Annual report of the Civil Veterinary Department, Bengal, and of the Bengal Veterinary College for the year 1904-1905 - 1904-1905
Year: 1904
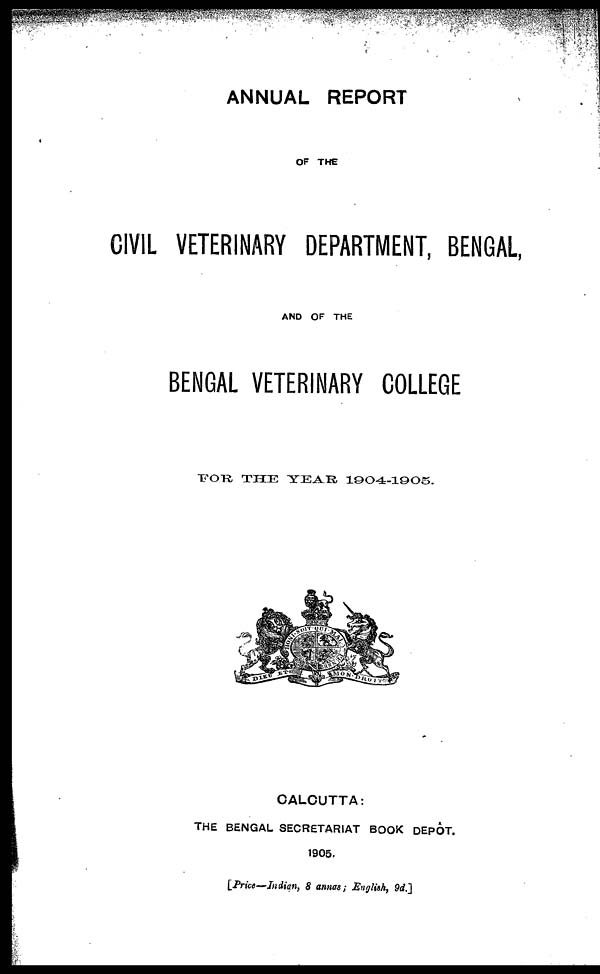
ANNUAL REPORT
OF THE
CIVIL VETERINARY DEPARTMENT, BENGAL,
AND OF THE
BENGAL VETERINARY COLLEGE
FOR
THE YEAR 1904-1905.
CALCUTTA:
THE BENGAL SECRETARIAT BOOK DEPOT.
1905.
[Price—Indian, 8 annas ; English, 9d.]